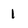
Character: 1